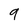
Character: 9